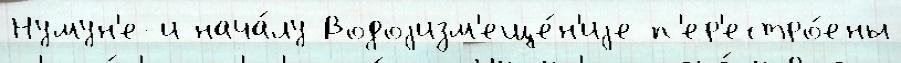
Нумун'е-и нача́лу Водоjизм'еще́н'иjе п'ер'естро́ены